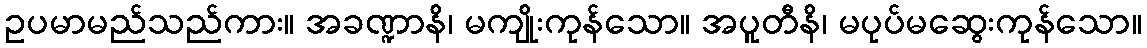
ဥပမာမည်သည်ကား။ အခဏ္ဍာနိ၊ မကျိုးကုန်သော။ အပူတီနိ၊ မပုပ်မဆွေးကုန်သော။